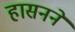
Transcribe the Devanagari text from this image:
हासनने